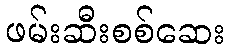
ဖမ်းဆီးစစ်ဆေး